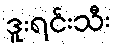
ဒူးရင်းသီး